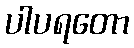
ပါပရတော